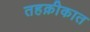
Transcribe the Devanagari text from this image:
तहक़ीकात